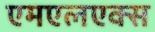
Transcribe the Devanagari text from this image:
एमएलएक्स